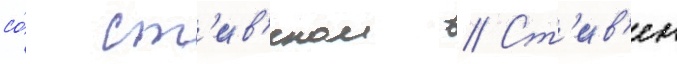
со́ ст'ив'еном // Ст'ив'ен